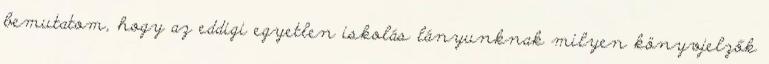
bemutatom, hogy az eddigi egyetlen iskolás lányunknak milyen könyvjelzők